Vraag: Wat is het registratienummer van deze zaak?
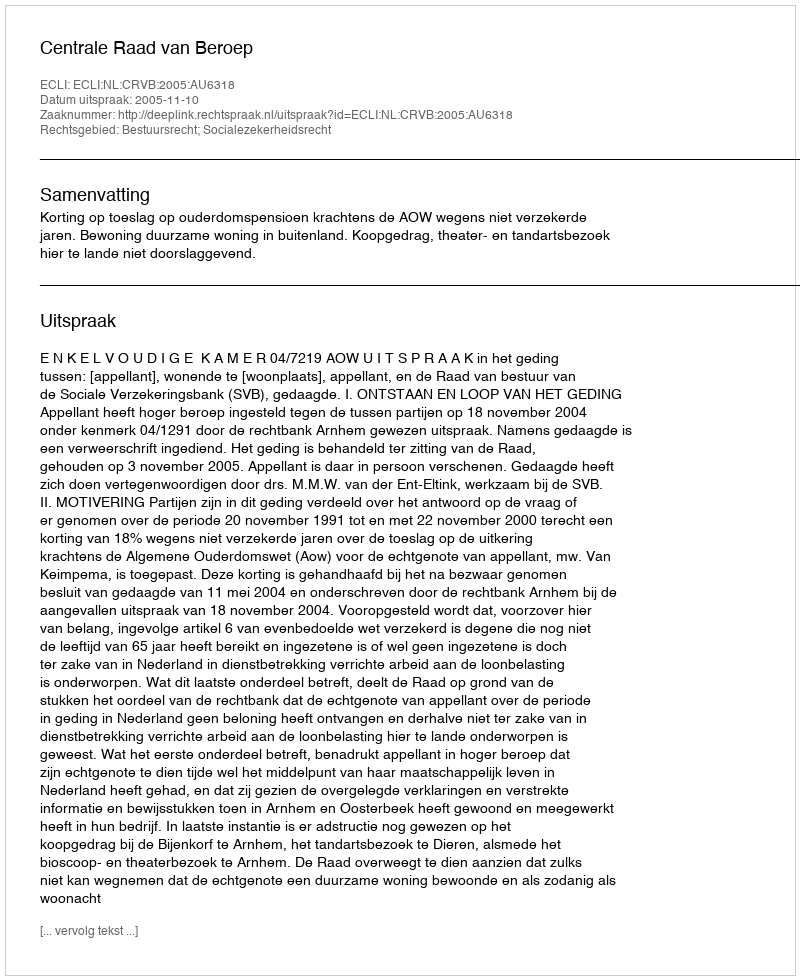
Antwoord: http://deeplink.rechtspraak.nl/uitspraak?id=ECLI:NL:CRVB:2005:AU6318